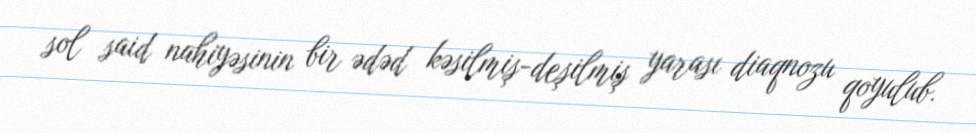
sol said nahiyəsinin bir ədəd kəsilmiş-deşilmiş yarası diaqnozu qoyulub.